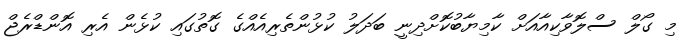
މި ގޯލް ސްލޮވާކިއާއަށް ކާމިޔާބުކޮށްދިނީ ބަދަލު ކުޅުންތެރިއެއްގެ ގޮތުގައި ކުޅެން އެރި އޮންޑްރެޖް